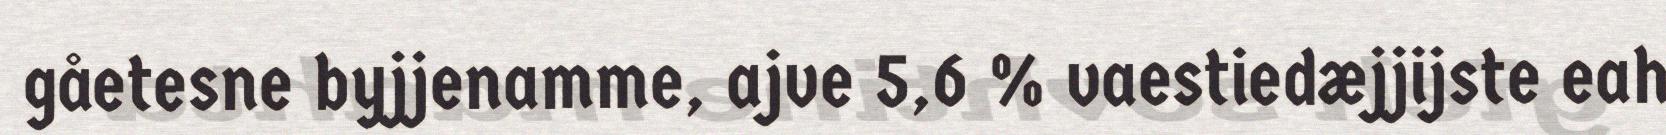
gåetesne byjjenamme, ajve 5,6 % vaestiedæjjijste eah